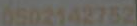
0502142752